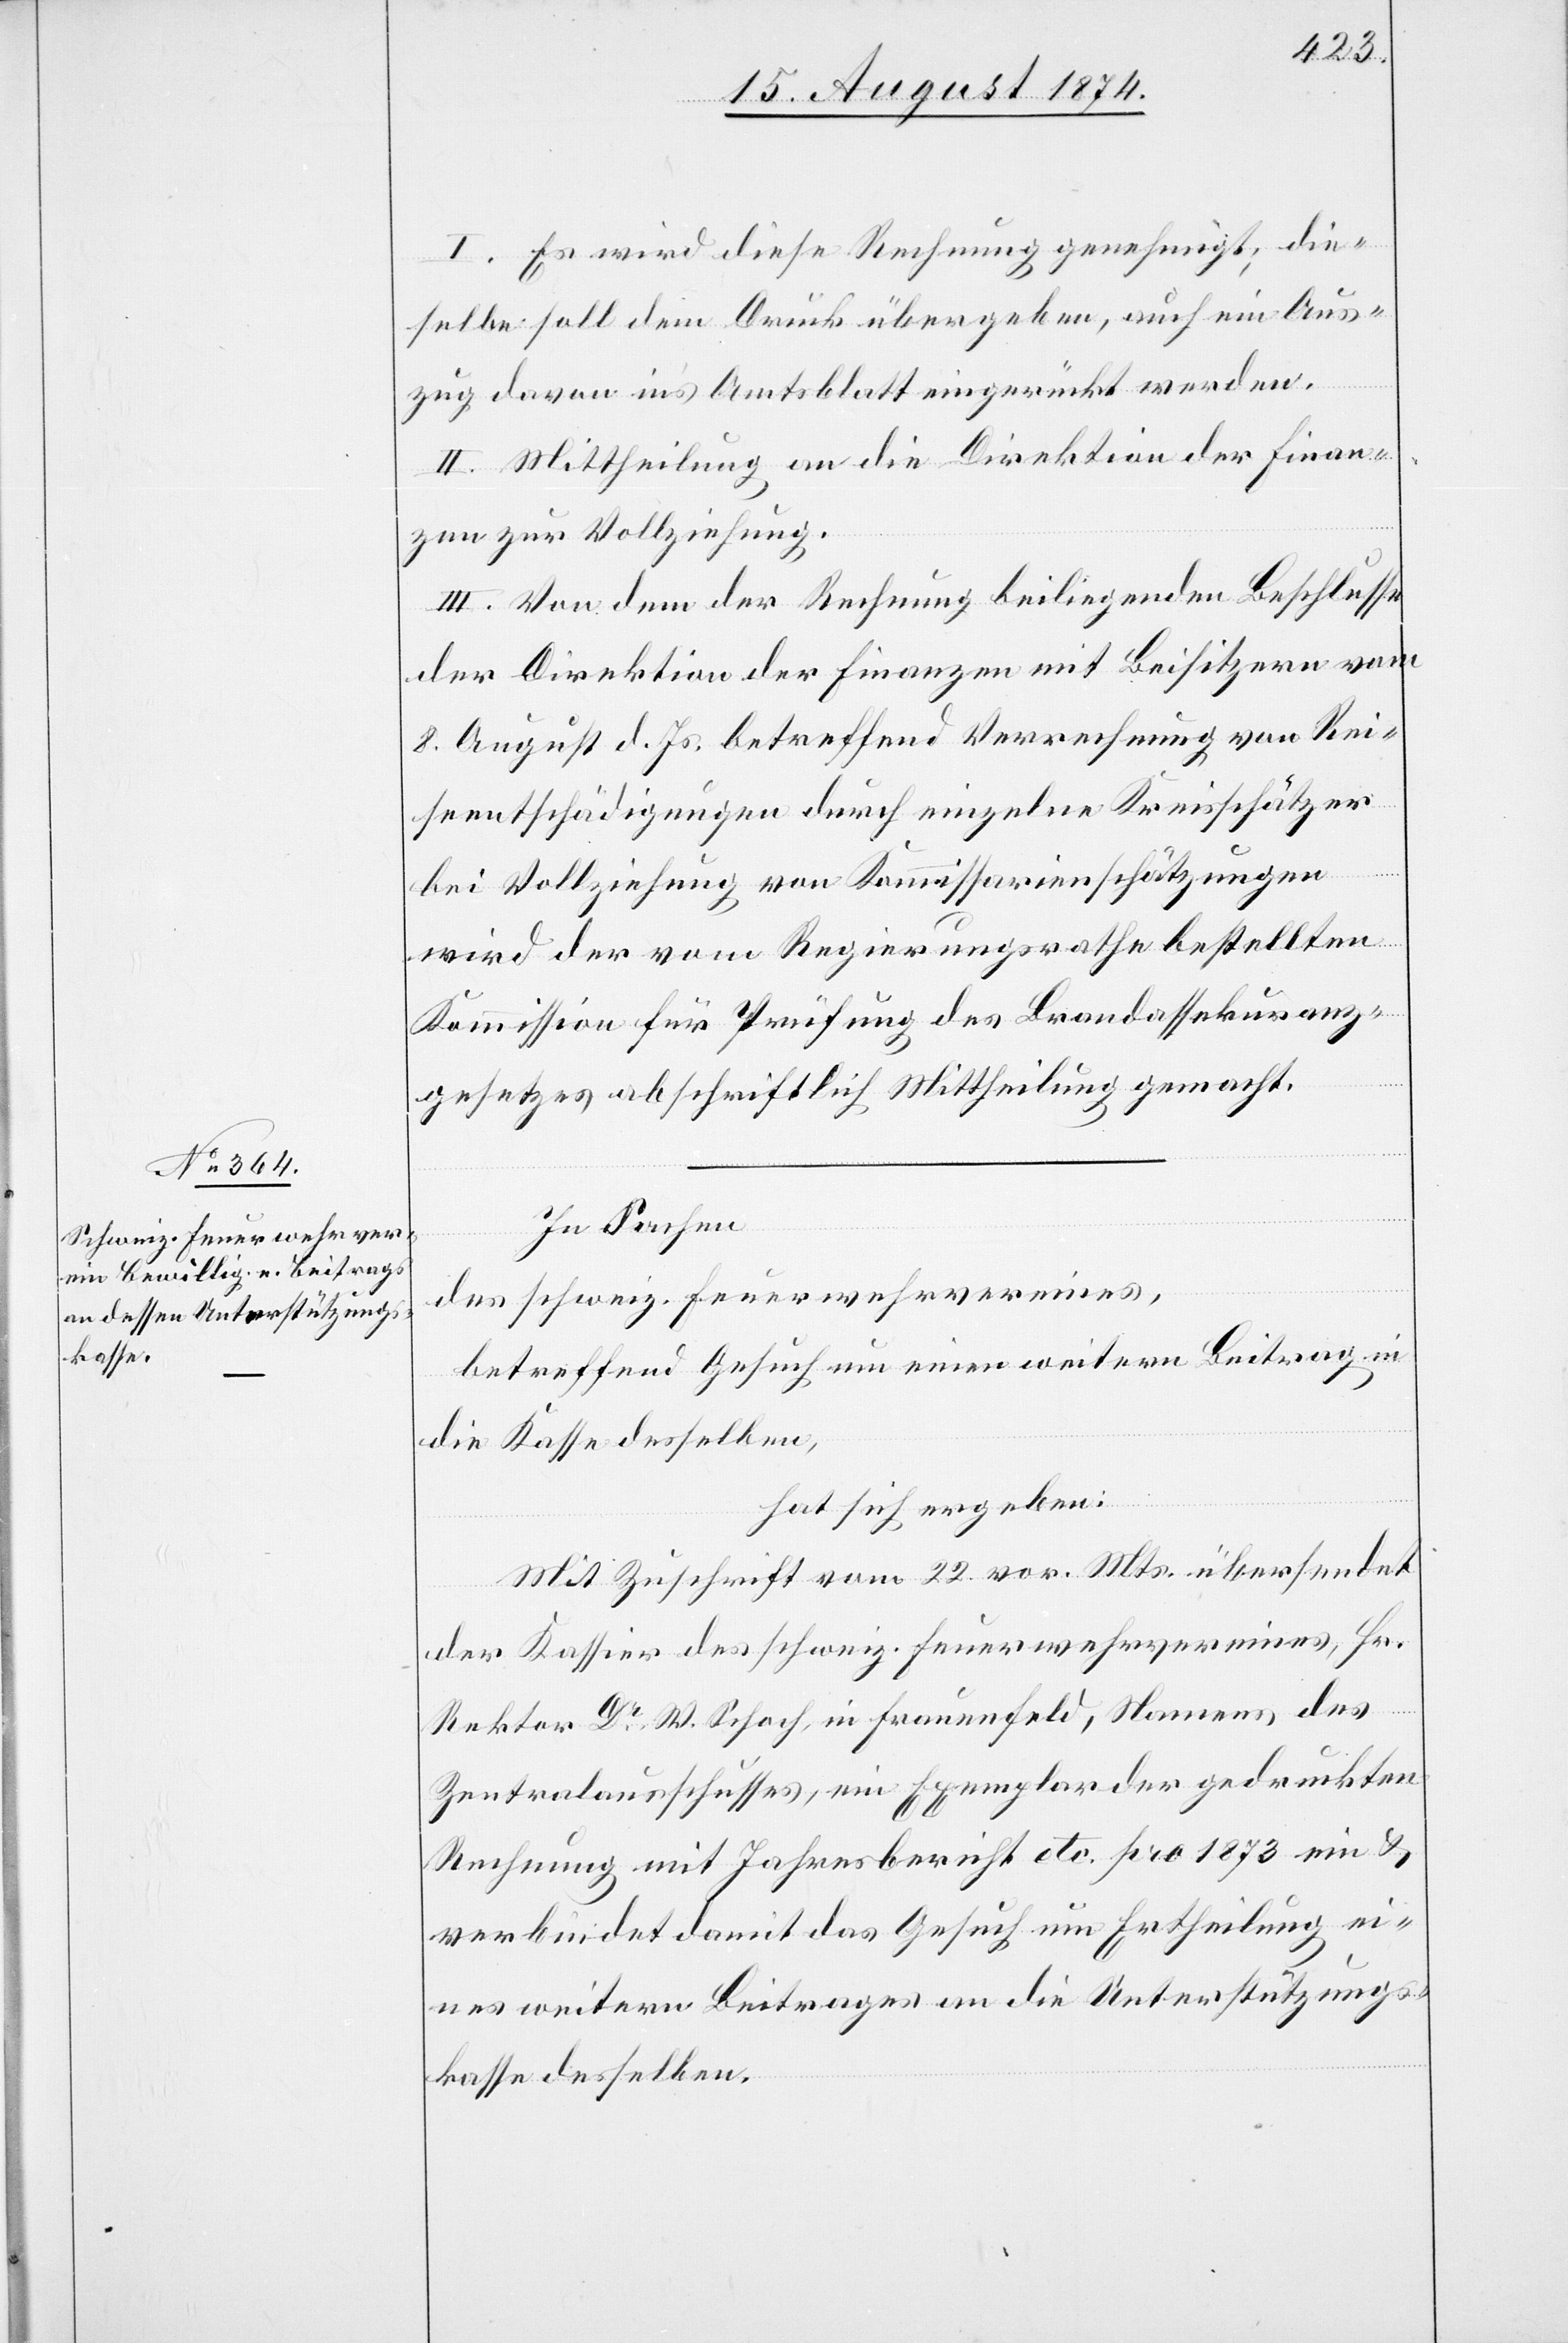
I. Es wird diese Rechnung genehmigt; die¬
selbe soll dem Druck übergeben, auch ein Aus¬
zug davon in’s Amtsblatt eingerückt werden.
II. Mittheilung an die Direktion der Finan¬
zen zur Vollziehung.
III. Von dem der Rechnung beiliegenden Beschlusse
der Direktion der Finanzen mit Beisitzern vom
8. August d. Js. betreffend Verrechnung von Rei¬
seentschädigungen durch einzelne Kreisschätzer
bei Vollziehung von Kommissarienschätzungen
wird der vom Regierungsrathe bestellten
Kommission für Prüfung des Brandassekuranz¬
gesetzes abschriftlich Mittheilung gemacht.
In Sachen
des schweiz. Feuerwehrvereines,
betreffend Gesuch um einen weitern Beitrag in
die Kasse desselben,
hat sich ergeben:
Mit Zuschrift vom 22. vor. Mts. übersendet
der Kassier des schweiz. Feuerwehrvereines, Hr.
Rektor Dr W. Schoch, in Frauenfeld, Namens des
Zentralausschusses, ein Exemplar der gedruckten
Rechnung mit Jahresbericht etc. pro 1873 ein u.
verbindet damit das Gesuch um Ertheilung ei¬
nes weitern Beitrages an die Unterstützungs¬
kasse desselben.